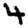
Digit: 4